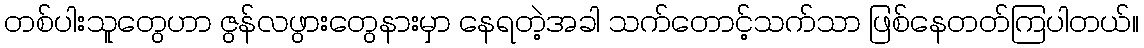
တစ်ပါးသူတွေဟာ ဇွန်လဖွားတွေနားမှာ နေရတဲ့အခါ သက်တောင့်သက်သာ ဖြစ်နေတတ်ကြပါတယ်။